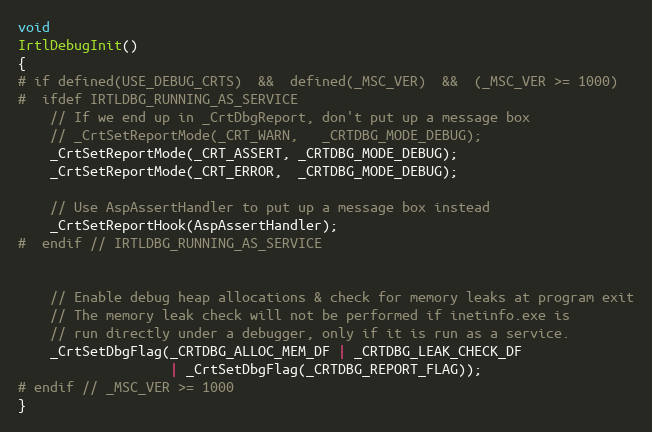
Language: C++
void
IrtlDebugInit()
{
# if defined(USE_DEBUG_CRTS)  &&  defined(_MSC_VER)  &&  (_MSC_VER >= 1000)
#  ifdef IRTLDBG_RUNNING_AS_SERVICE
    // If we end up in _CrtDbgReport, don't put up a message box
    // _CrtSetReportMode(_CRT_WARN,   _CRTDBG_MODE_DEBUG);
    _CrtSetReportMode(_CRT_ASSERT, _CRTDBG_MODE_DEBUG);
    _CrtSetReportMode(_CRT_ERROR,  _CRTDBG_MODE_DEBUG);

    // Use AspAssertHandler to put up a message box instead
    _CrtSetReportHook(AspAssertHandler);
#  endif // IRTLDBG_RUNNING_AS_SERVICE

    // Enable debug heap allocations & check for memory leaks at program exit
    // The memory leak check will not be performed if inetinfo.exe is
    // run directly under a debugger, only if it is run as a service.
    _CrtSetDbgFlag(_CRTDBG_ALLOC_MEM_DF | _CRTDBG_LEAK_CHECK_DF
                   | _CrtSetDbgFlag(_CRTDBG_REPORT_FLAG));
# endif // _MSC_VER >= 1000
}